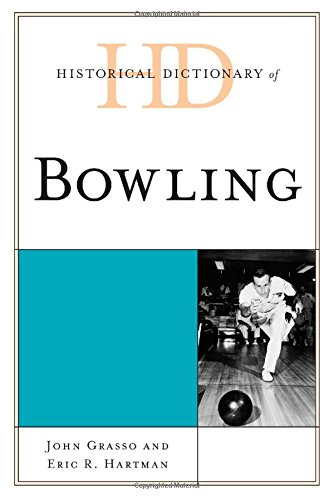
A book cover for Historical Dictionary of Bowling (Historical Dictionaries of Sports); John Grasso; Sports & Outdoors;